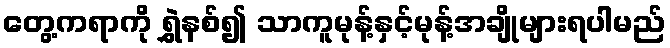
တွေ့ကရာကို ရွှဲနစ်၍ သာကူမုန့်နှင့်မုန့်အချိုများရပါမည်